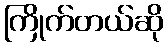
ကြိုက်တယ်ဆို